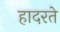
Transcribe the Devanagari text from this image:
हादरते